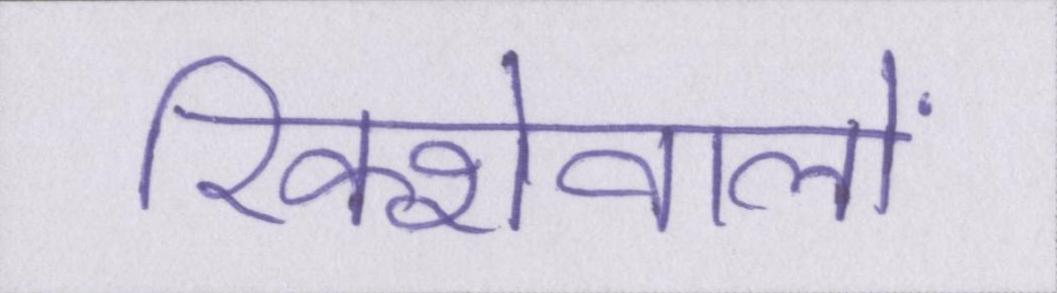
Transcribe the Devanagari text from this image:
रिक्शेवालों